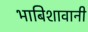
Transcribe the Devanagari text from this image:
भाबिशावानी